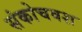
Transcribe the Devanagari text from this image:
संकोचवश